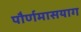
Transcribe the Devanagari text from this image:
पौर्णमासयाग